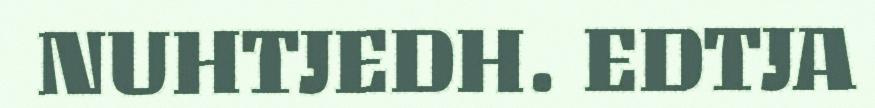
NUHTJEDH. EDTJA